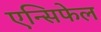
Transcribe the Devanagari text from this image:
एन्सिफेल